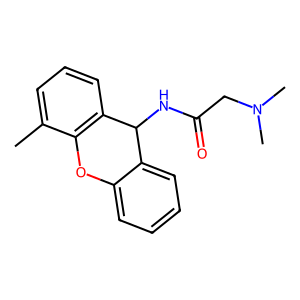
SMILES: Cc1cccc2c1Oc1ccccc1C2NC(=O)CN(C)C
Inhibits HIV replication: No